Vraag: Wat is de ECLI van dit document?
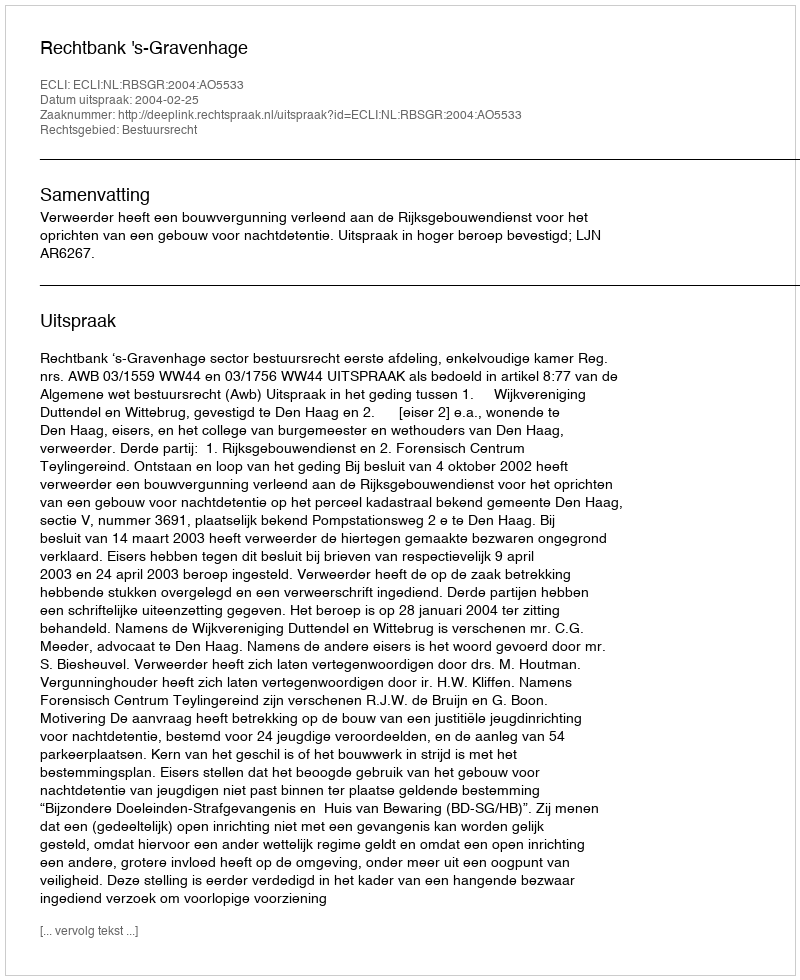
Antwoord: ECLI:NL:RBSGR:2004:AO5533